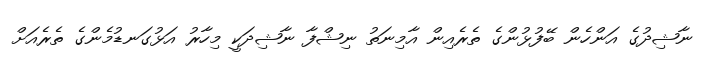
ނާޝިދުގެ އަންހެން ބޭފުޅުންގެ ތެރެއިން އާމިނަތު ނިޝްފާ ނާޝިދަކީ މިހާރު އަޅުގަނޑުމެންގެ ތެރެއަށް